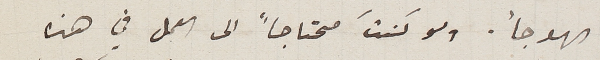
الهوجأ. ولو كنت محتاجاً الى العمل في هذه